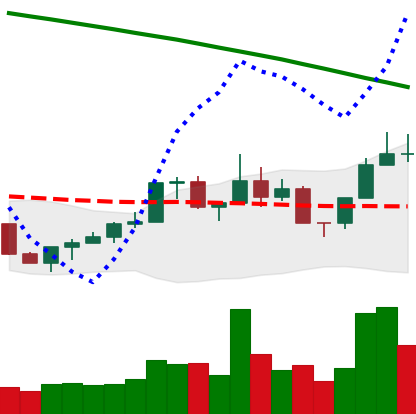
Ticker: NEO-USD
Chart end date: 2022-07-30
Forward return: -4.597%
Label: down_3_5